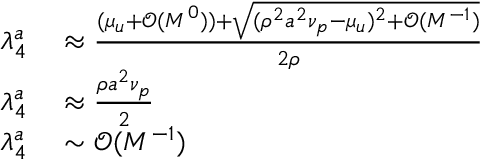
\begin{array} { r l } { \lambda _ { 4 } ^ { a } } & { { } \approx \frac { ( \mu _ { u } + \mathcal { O } ( M ^ { 0 } ) ) + \sqrt { ( \rho ^ { 2 } a ^ { 2 } \nu _ { p } - \mu _ { u } ) ^ { 2 } + \mathcal { O } ( M ^ { - 1 } ) } } { 2 \rho } } \\ { \lambda _ { 4 } ^ { a } } & { { } \approx \frac { \rho a ^ { 2 } \nu _ { p } } { 2 } } \\ { \lambda _ { 4 } ^ { a } } & { { } \sim \mathcal { O } ( M ^ { - 1 } ) } \end{array}